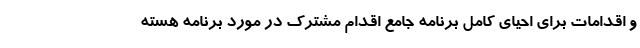
و اقدامات برای احیای کامل برنامه جامع اقدام مشترک در مورد برنامه هسته